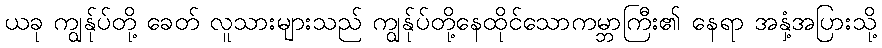
ယခု ကျွန်ုပ်တို့ ခေတ် လူသားများသည် ကျွန်ုပ်တို့နေထိုင်သောကမ္ဘာကြီး၏ နေရာ အနှံ့အပြားသို့